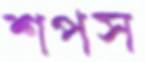
শপস